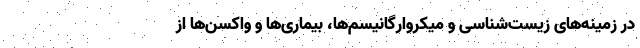
در زمینه‌های زیست‌شناسی و میکروارگانیسم‌ها، بیماری‌ها و واکسن‌ها از